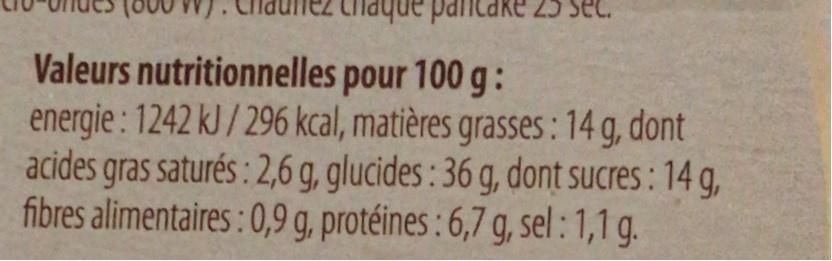
Chaque pantakRe 25 sec.
Valeurs nutritionnelles pour 100 g : energie : 1242 kJ / 296 kcal, matières grasses : 14 g, dont acides gras saturés : 2,6 g, glucides : 36 g, dont sucres : 14 g, fibres alimentaires: 0,9 g, protéines : 6,7 g, sel:1,1 g.